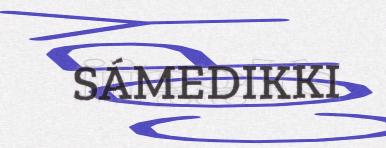
SÁMEDIKKI